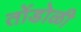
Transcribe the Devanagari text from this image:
तोंडोळी